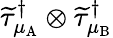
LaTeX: \widetilde{\tau}_{\mu_{\mathrm{A}}}^{\dagger}\otimes\widetilde{\tau}_{\mu_{\mathrm{B}}}^{\dagger}